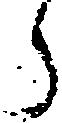
う